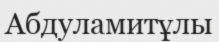
Абдуламитұлы